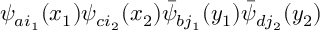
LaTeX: \psi _ { a i _ { 1 } } ( x _ { 1 } ) \psi _ { c i _ { 2 } } ( x _ { 2 } ) \bar { \psi } _ { b j _ { 1 } } ( y _ { 1 } ) \bar { \psi } _ { d j _ { 2 } } ( y _ { 2 } )